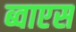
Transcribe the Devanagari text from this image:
ब्वाएस